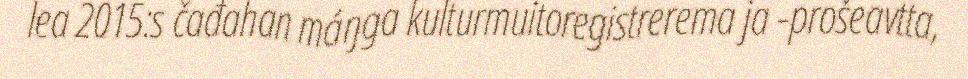
lea 2015:s čađahan máŋga kulturmuitoregistrerema ja -prošeavtta,